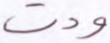
ودت